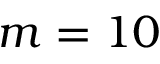
m = 1 0